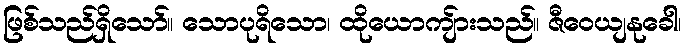
ဖြစ်သည်ရှိသော်။ သောပုရိသော၊ ထိုယောကျ်ားသည်။ ဇီဝေယျနုခေါ၊